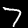
Label: 7